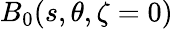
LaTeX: B_{0}(s,\theta,\zeta=0)